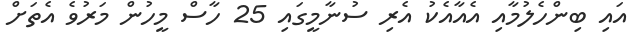
އައި ބިންހެލުމާއި އެއާއެކު އެރި ސުނާމީގައި 25 ހާސް މީހުން މަރުވެ އެތަށް